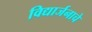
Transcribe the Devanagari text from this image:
विद्यार्जनाचे